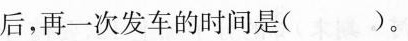
后，再一次发车的时间是( )。